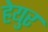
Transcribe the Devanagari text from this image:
हेयुर